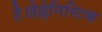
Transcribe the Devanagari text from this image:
है।हेल्लेनिस्टिक